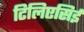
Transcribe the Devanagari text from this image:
टिलिएसिई